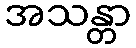
အသန္တာ